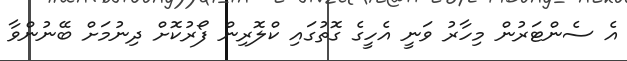
އެ ސެންޓަރުން މިހާރު ވަނީ އެހީގެ ގޮތުގައި ކްލޮރިން ފޯރުކޮށް ދިނުމަށް ބޭނުންވާ